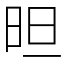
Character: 㫜